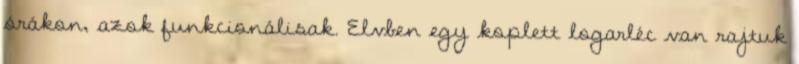
órákon, azok funkcionálisak. Elvben egy koplett logarléc van rajtuk